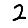
Digit: 2